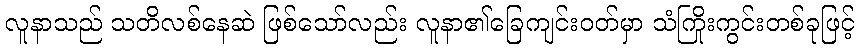
လူနာသည် သတိလစ်နေဆဲ ဖြစ်သော်လည်း လူနာ၏ခြေကျင်းဝတ်မှာ သံကြိုးကွင်းတစ်ခုဖြင့်